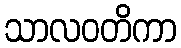
သာလဝတိကာ